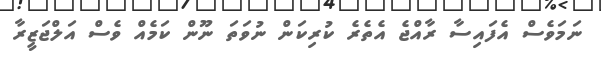
ނަމަވެސް އެފައިސާ ރާއްޖެ އެތެރެ ކުރިކަން ނުވަތަ ނޫން ކަމެއް ވެސް އަލްޖަޒީރާ